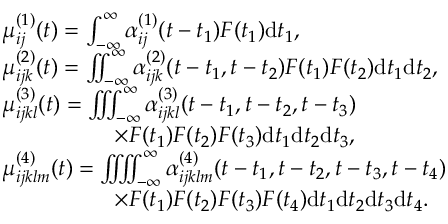
\begin{array} { r l } & { \mu _ { i j } ^ { ( 1 ) } ( t ) = \int _ { - \infty } ^ { \infty } \alpha _ { i j } ^ { ( 1 ) } ( t - t _ { 1 } ) F ( t _ { 1 } ) \mathrm { d } t _ { 1 } , } \\ & { \mu _ { i j k } ^ { ( 2 ) } ( t ) = \iint _ { - \infty } ^ { \infty } \alpha _ { i j k } ^ { ( 2 ) } ( t - t _ { 1 } , t - t _ { 2 } ) F ( t _ { 1 } ) F ( t _ { 2 } ) \mathrm { d } t _ { 1 } \mathrm { d } t _ { 2 } , } \\ & { \mu _ { i j k l } ^ { ( 3 ) } ( t ) = \iint \! \! \! \int _ { - \infty } ^ { \infty } \alpha _ { i j k l } ^ { ( 3 ) } ( t - t _ { 1 } , t - t _ { 2 } , t - t _ { 3 } ) } \\ & { \qquad \qquad \quad \times F ( t _ { 1 } ) F ( t _ { 2 } ) F ( t _ { 3 } ) \mathrm { d } t _ { 1 } \mathrm { d } t _ { 2 } \mathrm { d } t _ { 3 } , } \\ & { \mu _ { i j k l m } ^ { ( 4 ) } ( t ) = \iint \! \! \! \iint _ { - \infty } ^ { \infty } \alpha _ { i j k l m } ^ { ( 4 ) } ( t - t _ { 1 } , t - t _ { 2 } , t - t _ { 3 } , t - t _ { 4 } ) } \\ & { \qquad \qquad \quad \times F ( t _ { 1 } ) F ( t _ { 2 } ) F ( t _ { 3 } ) F ( t _ { 4 } ) \mathrm { d } t _ { 1 } \mathrm { d } t _ { 2 } \mathrm { d } t _ { 3 } \mathrm { d } t _ { 4 } . } \end{array}